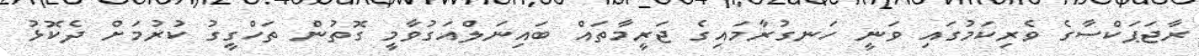
ރާޖަޕަކްސާގެ ވެރިކަމުގައި ވަނީ ހަނގުރާމައިގެ ޖަރީމާތައް ބައިނަލްއަގުވާމީ ގޮތުން ތަހްގީގު ކުރުމަށް ދެކޮޅު